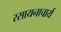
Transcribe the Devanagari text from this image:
रसायनाचार्य